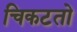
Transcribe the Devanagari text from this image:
चिकटतो